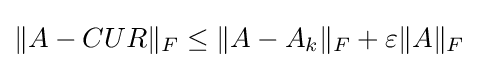
\|A-CUR\|_{F}\leq \|A-A_{k}\|_{F}+\varepsilon \|A\|_{F}